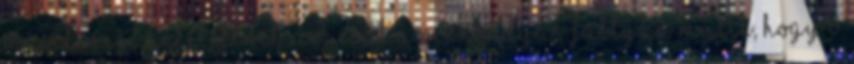
másik megbüntetettnek. Ám csak Awernondyas fattyán múlik, hogy ő